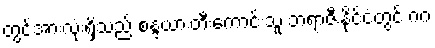
တွင်အားလုံးရှိသည် စန္ဒယားတီးကောင်းသူ ဘရာဇီးနိုင်ငံတွင် ဂဂ